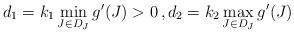
LaTeX: \begin{align*}d_1 = k_1 \min_{J\in D_J} g'(J)> 0 \,,d_2 = k_2 \max_{J\in D_J} g'(J)\end{align*}